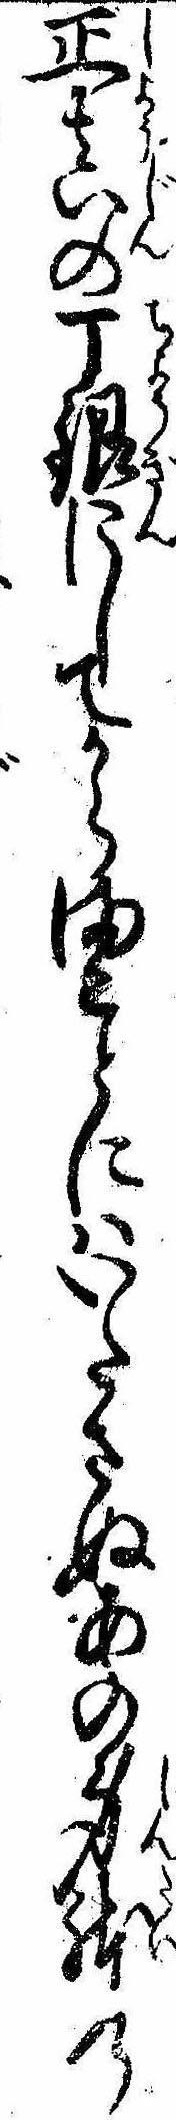
正真の丁銀にしてからまことにはいたさぬあの身体の